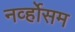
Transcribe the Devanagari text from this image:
नर्व्होसम